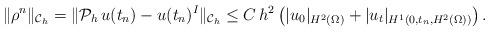
LaTeX: \begin{align*}\| \rho^n \|_{\mathcal{C}_h} &= \| \mathcal{P}_h \, u(t_n)- u(t_n)^I \|_{\mathcal{C}_h} \leq C\, h^2 \left( |u_0|_{H^2(\Omega)} + |u_t|_{H^1(0, t_n, H^2(\Omega))}\right).\end{align*}